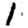
Digit: 1